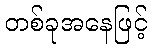
တစ်ခုအနေဖြင့်